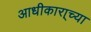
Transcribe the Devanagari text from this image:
आधीकारा्च्या